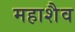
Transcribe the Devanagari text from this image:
महाशैव